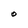
Character: O